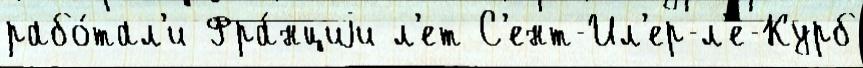
рабо́тал'и Фра́нциjи л'ет С'ент-Ил'ер-л'е-Курб